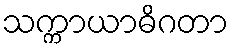
သက္ကာယာဓိဂတာ